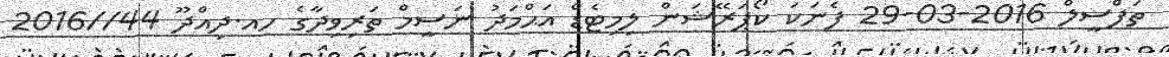
ތަފްސީލް 2016-03-29 ފެނަކަ ކޯޕަރޭޝަން ލިމިޓެޑް އަޙްމަދު ނަސީމް ތަރިވިދާގެ ހއ.ދިއްދޫ 44//2016